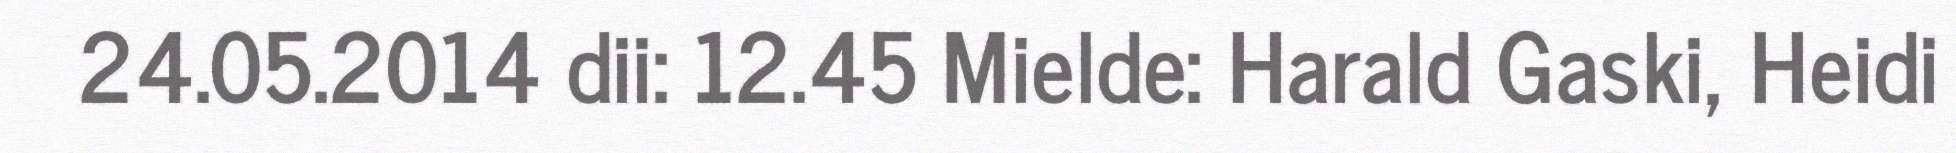
24.05.2014 dii: 12.45 Mielde: Harald Gaski, Heidi